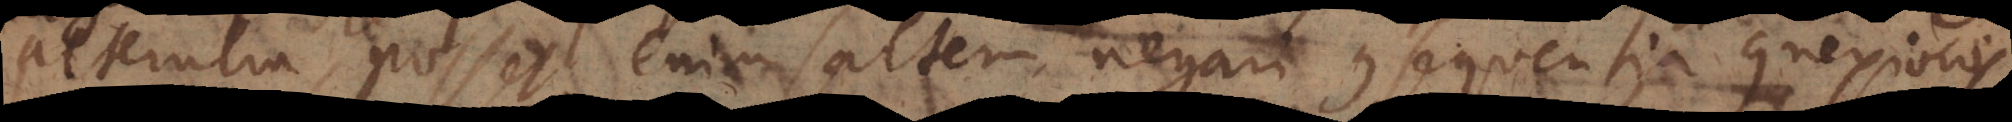
lterutra, posset enim saltem negari consequentia connexionis